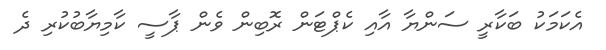
އެކަމަކު ބަކާރީ ސަންޔާ އާއި ކެޕްޓަން ރޮބިން ވެން ޕާސީ ކާމިޔާބުކުރި ދެ